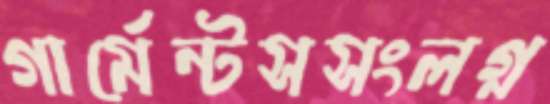
গার্মেন্টসসংলগ্ন